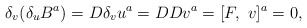
\begin{align*}\delta_{v} (\delta_{u} B^a) = D \delta_{v} u^a = D D v^a = [F,~ v]^a = 0,\end{align*}